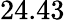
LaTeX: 24.43